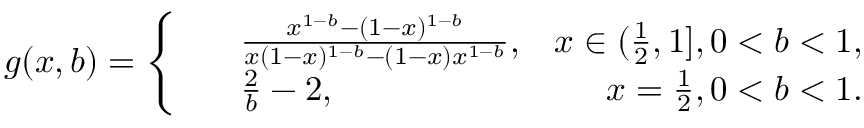
g ( x , b ) = \left\{ \begin{array} { r l r } { ~ } & { { } \frac { x ^ { 1 - b } - ( 1 - x ) ^ { 1 - b } } { x ( 1 - x ) ^ { 1 - b } - ( 1 - x ) x ^ { 1 - b } } , } & { x \in ( \frac { 1 } { 2 } , 1 ] , 0 < b < 1 , } \\ { ~ } & { { } \frac { 2 } { b } - 2 , } & { x = \frac { 1 } { 2 } , 0 < b < 1 . } \end{array} \right.